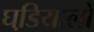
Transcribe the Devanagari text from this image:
घडि़यालों